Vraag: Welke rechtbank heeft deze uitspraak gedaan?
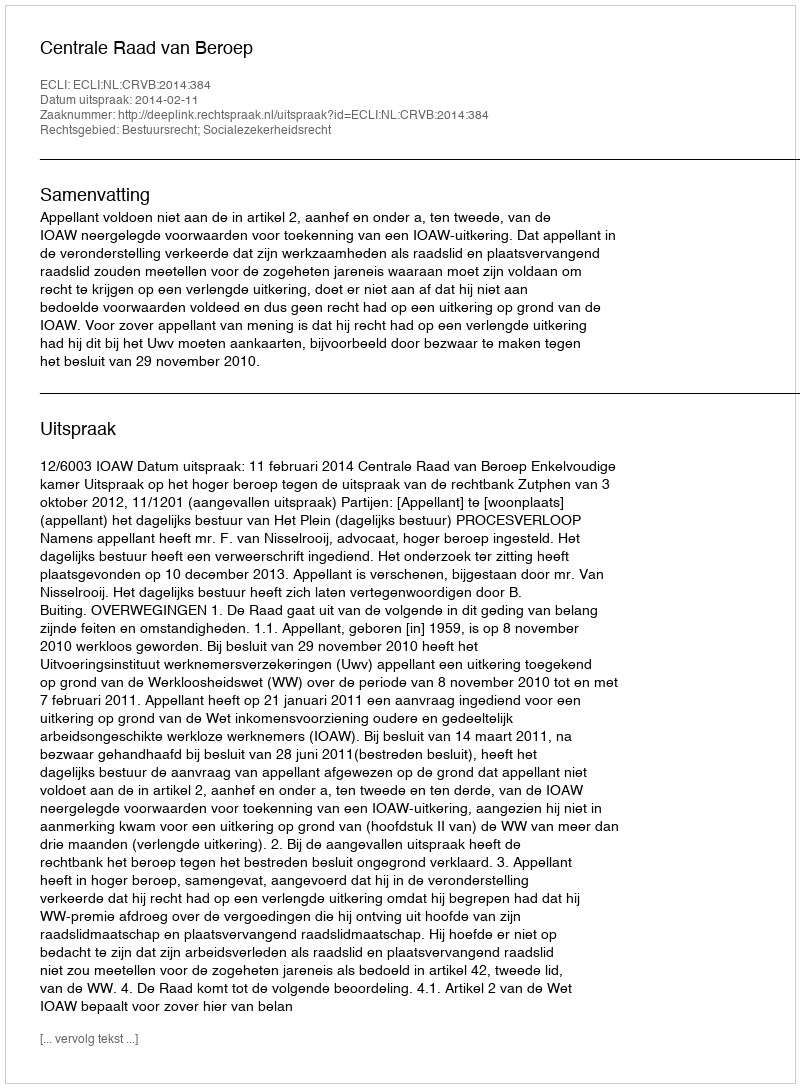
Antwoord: Centrale Raad van Beroep